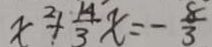
x ^ { 2 } + \frac { 1 4 } { 3 } x = - \frac { 8 } { 3 }